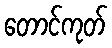
တောင်ကုတ်